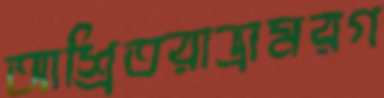
আশ্রিতরাভ্রামরগ